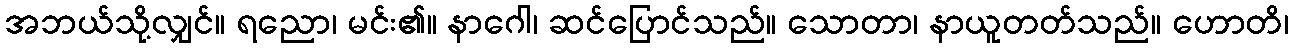
အဘယ်သို့လျှင်။ ရညော၊ မင်း၏။ နာဂေါ၊ ဆင်ပြောင်သည်။ သောတာ၊ နာယူတတ်သည်။ ဟောတိ၊